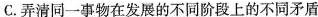
C.弄清同一事物在发展的不同阶段上的不同矛盾